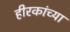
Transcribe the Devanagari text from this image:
हीरकांच्या